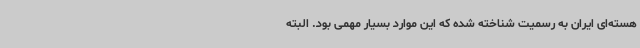
هسته‌ای ایران به رسمیت شناخته شده که این موارد بسیار مهمی بود. البته